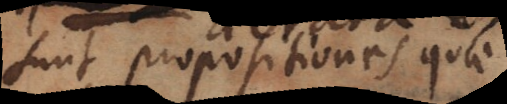
sunt propositiones quae